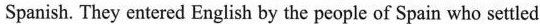
Spanish. They entered English by the people of Spain who settled